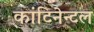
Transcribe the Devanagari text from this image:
कांटिनेन्टल